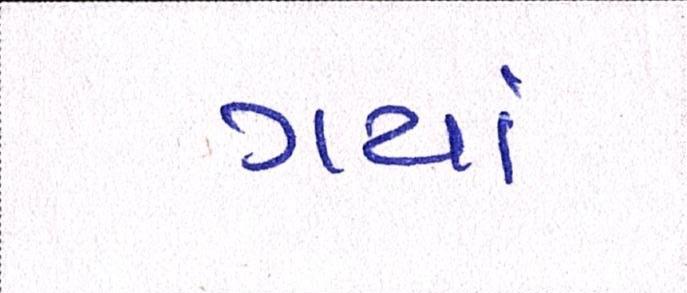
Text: ગયાં